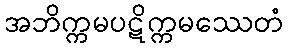
အဘိက္ကမပဋိက္ကမဿေတံ